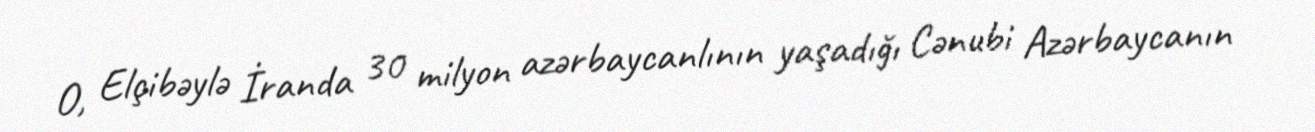
O, Elçibəylə İranda 30 milyon azərbaycanlının yaşadığı Cənubi Azərbaycanın